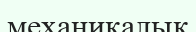
механикалық